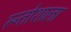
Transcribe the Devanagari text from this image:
स्न्तोशाला